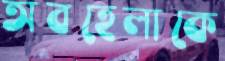
অবহেলাকে